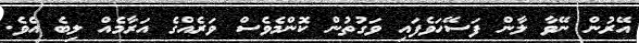
އޭރުން ނޭވާ ލާން ފަސޭހަވެފައި ވަގުތުން ކޮންމެވެސް ވަރެއްގެ އަރާމެއް ލިބެ އެވެ.